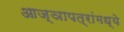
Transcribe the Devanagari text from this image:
आज्ञापत्रांमध्ये